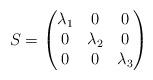
LaTeX: \begin{align*}S =\begin{pmatrix}\lambda _1 & 0 & 0\\0 & \lambda _2 & 0\\0 & 0 & \lambda _3\end{pmatrix}\end{align*}